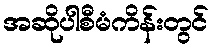
အဆိုပါစီမံကိန်းတွင်